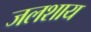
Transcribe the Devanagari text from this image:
जलशाय